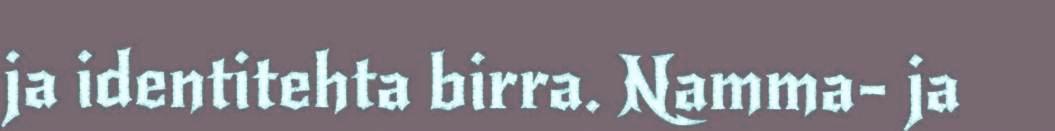
ja identitehta birra. Namma- ja